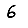
Digit: 6